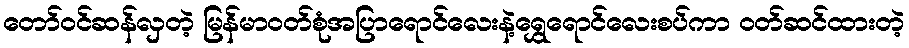
တော်ဝင်ဆန်လှတဲ့ မြန်မာဝတ်စုံအပြာရောင်လေးနဲ့ရွှေရောင်လေးစပ်ကာ ဝတ်ဆင်ထားတဲ့